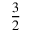
\frac { 3 } { 2 }